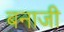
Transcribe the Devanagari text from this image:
बनाजी